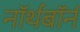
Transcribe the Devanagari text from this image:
नॉर्थबॉर्न